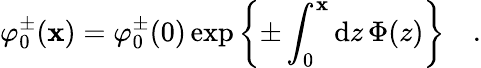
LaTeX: \varphi_{0}^{\pm}(\mathbf{x})=\varphi_{0}^{\pm}(0)\exp\left\{ \pm\int_{0}^{\mathbf{x}}\mathrm{{d}}z\, \Phi(z)\right\} \quad.